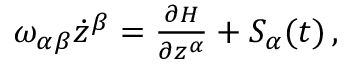
\begin{array} { r } { \omega _ { \alpha \beta } \dot { z } ^ { \beta } = \frac { \partial H } { \partial z ^ { \alpha } } + S _ { \alpha } ( t ) \, , } \end{array}